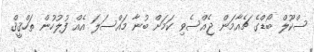
ސްކޫލް ބޯޑްގެ ޗެއާމަން ޖެއްސެވި ކަމަށް ބުނާ މައްސަލަ އެއް ފުލުހުން ތަހްޤީޤް